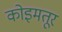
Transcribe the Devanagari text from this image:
कोइमतूर